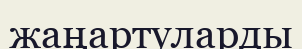
жаңартуларды